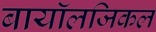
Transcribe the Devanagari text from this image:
बायॉलजिकल